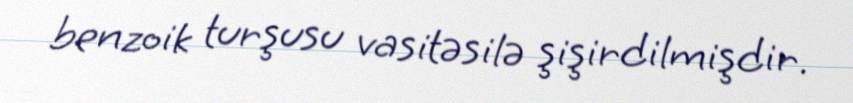
benzoik turşusu vasitəsilə şişirdilmişdir.